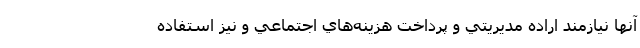
آنها نيازمند اراده مديريتي و پرداخت هزينه‌هاي اجتماعي و نيز استفاده